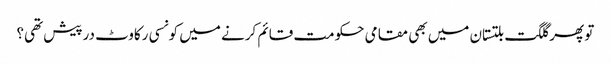
تو پھر گلگت بلتستان میں بھی مقامی حکومت قائم کرنے میں کونسی رکاوٹ درپیش تھی؟